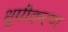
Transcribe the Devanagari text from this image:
धूमीकरण